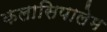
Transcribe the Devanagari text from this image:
कलासिपालेम